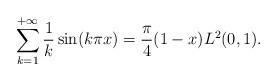
LaTeX: \begin{align*}\sum_{k=1}^{+\infty}\frac{1}{k}\sin(k\pi x)=\frac{\pi}{4} (1-x) L^2(0,1).\end{align*}